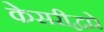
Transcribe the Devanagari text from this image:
केसरीद्वारे